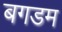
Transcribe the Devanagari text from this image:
बगडम